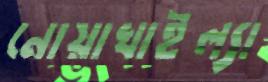
নোয়াখাইল্যা